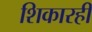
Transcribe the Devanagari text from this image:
शिकारही